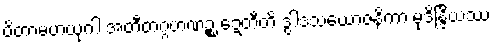
ပိတာမဟယုဂါ အတီတဂ္ဂဟဏဉ္စ ဍေတီတိ ဒွါဒသယောဇနိကာ မုဒိန္ဒြိယဿ